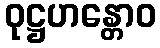
ဝုဋ္ဌဟန္တောဝ